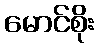
မောင်စိုး